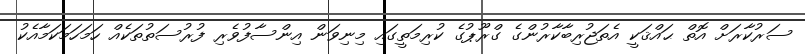
ސަރުކާރަށް އޮތް ޙައްޤަކީ އެތަޖުރިބާކާރުންގެ ގްރޫޕުގެ ކުރިމަތީގައި މިނިވަން އިންސާފުވެރި ފުރުސަތުތަކެއް ހަމަހަމަކަމާއެކު